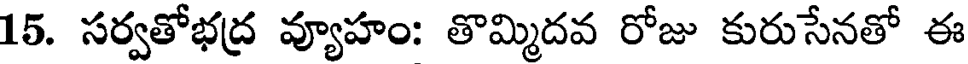
15. సర్వతోభద్ర వ్యూహం: తొమ్మిదవ రోజు కురుసేనతో ఈ